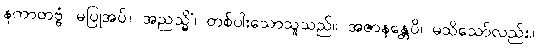
နကာတဗ္ဗံ၊ မပြုအပ်။ အညသ္မိံ၊ တစ်ပါးသောသူသည်။ အဇာနန္တေပိ၊ မသိသော်လည်း။